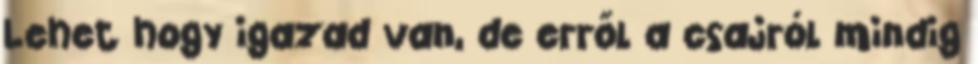
Lehet hogy igazad van, de erről a csajról mindig